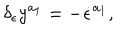
LaTeX: \delta _ { \epsilon } y ^ { a _ { 1 } } = - \dot { \epsilon } ^ { a _ { 1 } } ,